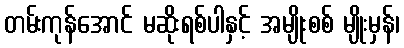
တမ်းကုန်အောင် မဆိုးရစ်ပါနှင့် အမျိုးစစ် မျိုးမှန်၊